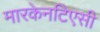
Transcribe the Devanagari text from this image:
मारकेनटिएसी